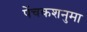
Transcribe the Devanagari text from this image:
पेंचकशनुमा